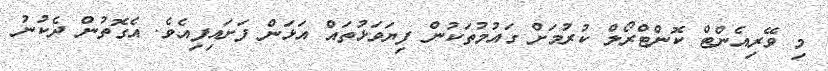
މި ވޭރިއެންޓް ކޮންޓްރޯލް ކުރުމަށް ގައުމުތަކުން ފިޔަވަޅުތައް އަޅަން ފަށައިފިއެވެ. އެގޮތުން ދެކުނު